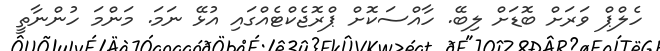
ހެލްޕް ވަރަށް ބޮޑަށް ލިބޭ. ހާއްސަކޮށް ޕްރޮޖެކްޓެއްގައި އުޅޭ ނަމަ. މަންމަ ހުންނާތީ